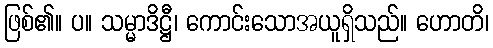
ဖြစ်၏။ ပ။ သမ္မာဒိဋ္ဌီ၊ ကောင်းသောအယူရှိသည်။ ဟောတိ၊